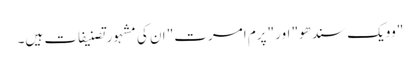
"وویک سندھو" اور "پرم امرت" ان کی مشہور تصنیفات ہیں۔